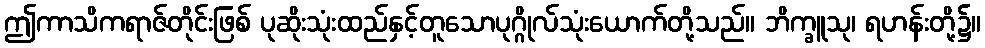
ဤကာသိကရာဇ်တိုင်းဖြစ် ပုဆိုးသုံးထည်နှင့်တူသောပုဂ္ဂိုလ်သုံးယောက်တို့သည်။ ဘိက္ခူသု၊ ရဟန်းတို့၌။